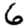
Digit: 6